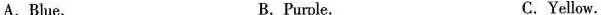
A.Blue. B.Purple. C.Yellow.